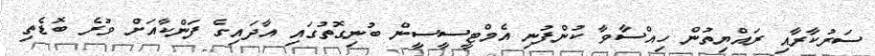
ސަރުކާރާއި ރައްޔިތުން ހިއްސާވާ ކުންފުނި އެމްޓީސީސީން ބުނިގޮތުގައި އާދައިގެ ފަންކާއަށް ވުރެ ބޮޑެތި